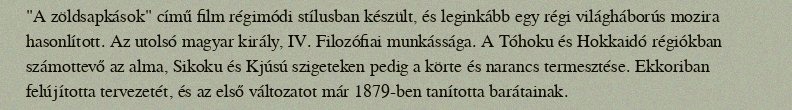
"A zöldsapkások" című film régimódi stílusban készült, és leginkább egy régi világháborús mozira hasonlított. Az utolsó magyar király, IV. Filozófiai munkássága. A Tóhoku és Hokkaidó régiókban számottevő az alma, Sikoku és Kjúsú szigeteken pedig a körte és narancs termesztése. Ekkoriban felújította tervezetét, és az első változatot már 1879-ben tanította barátainak.